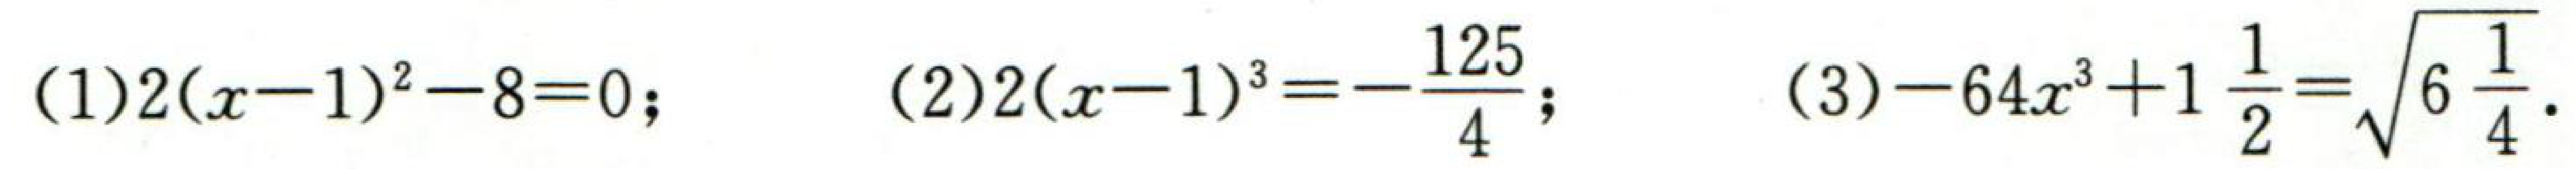
(1)\(2(x - 1)^{2}-8 = 0\); (2)\(2(x - 1)^{3}=-\frac{125}{4}\); (3)\(-64x^{3}+1\frac{1}{2}=\sqrt{6\frac{1}{4}}\)